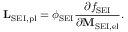
\mathbf { L } _ { \mathrm { S E I , p l } } = \phi _ { \mathrm { S E I } } \frac { \partial f _ { \mathrm { S E I } } } { \partial \mathbf { M } _ { \mathrm { S E I , e l } } } .